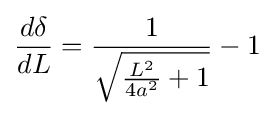
{\frac {d\delta }{dL}}={\frac {1}{\sqrt {{\frac {L^{2}}{4a^{2}}}+1}}}-1